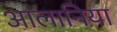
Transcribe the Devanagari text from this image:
आलानिया